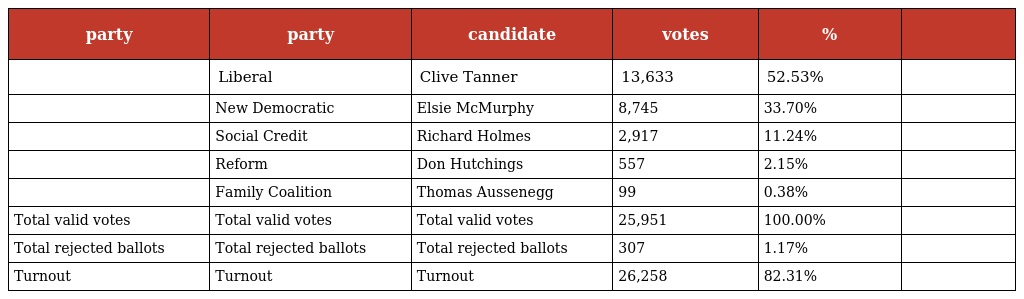
| party | party | candidate | votes | % |  |
 | --- | --- | --- | --- | --- | --- |
 |  | Liberal | Clive Tanner | 13,633 | 52.53% |  |
 |  | New Democratic | Elsie McMurphy | 8,745 | 33.70% |  |
 |  | Social Credit | Richard Holmes | 2,917 | 11.24% |  |
 |  | Reform | Don Hutchings | 557 | 2.15% |  |
 |  | Family Coalition | Thomas Aussenegg | 99 | 0.38% |  |
 | Total valid votes | Total valid votes | Total valid votes | 25,951 | 100.00% |  |
 | Total rejected ballots | Total rejected ballots | Total rejected ballots | 307 | 1.17% |  |
 | Turnout | Turnout | Turnout | 26,258 | 82.31% |  |